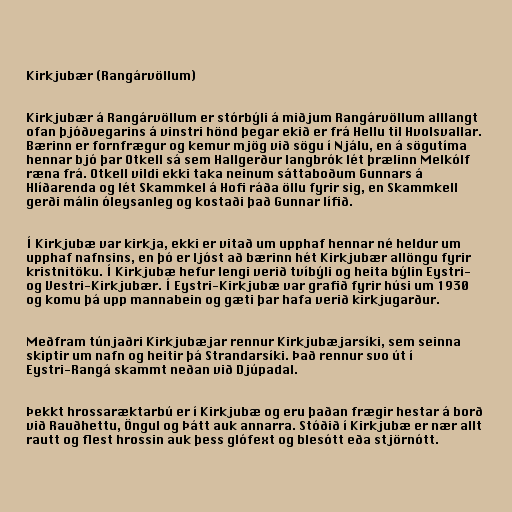
Kirkjubær (Rangárvöllum)

Kirkjubær á Rangárvöllum er stórbýli á miðjum Rangárvöllum alllangt
ofan þjóðvegarins á vinstri hönd þegar ekið er frá Hellu til Hvolsvallar.
Bærinn er fornfrægur og kemur mjög við sögu í Njálu, en á sögutíma
hennar bjó þar Otkell sá sem Hallgerður langbrók lét þrælinn Melkólf
ræna frá. Otkell vildi ekki taka neinum sáttaboðum Gunnars á
Hlíðarenda og lét Skammkel á Hofi ráða öllu fyrir sig, en Skammkell
gerði málin óleysanleg og kostaði það Gunnar lífið.

Í Kirkjubæ var kirkja, ekki er vitað um upphaf hennar né heldur um
upphaf nafnsins, en þó er ljóst að bærinn hét Kirkjubær allöngu fyrir
kristnitöku. Í Kirkjubæ hefur lengi verið tvíbýli og heita býlin Eystri-
og Vestri-Kirkjubær. Í Eystri-Kirkjubæ var grafið fyrir húsi um 1930
og komu þá upp mannabein og gæti þar hafa verið kirkjugarður.

Meðfram túnjaðri Kirkjubæjar rennur Kirkjubæjarsíki, sem seinna
skiptir um nafn og heitir þá Strandarsíki. Það rennur svo út í
Eystri-Rangá skammt neðan við Djúpadal.

Þekkt hrossaræktarbú er í Kirkjubæ og eru þaðan frægir hestar á borð
við Rauðhettu, Öngul og Þátt auk annarra. Stóðið í Kirkjubæ er nær allt
rautt og flest hrossin auk þess glófext og blesótt eða stjörnótt.